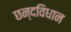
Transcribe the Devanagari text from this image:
छन्दविधान